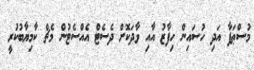
މުސްޠަފާ އަދި ހުސައިން ހިފާޒު އާއި ވާދަކޮށް ދެސެޓް އެއްސެޓުން މެޗް ކާމިޔާބުކުރީ